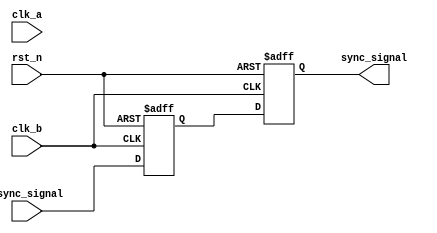
module signal_level_crossing_synchronizer (
    input  wire       clk_a,       // Clock for Domain A
    input  wire       clk_b,       // Clock for Domain B
    input  wire       rst_n,       // Active-low reset
    input  wire       async_signal, // Input signal from Domain A
    output reg        sync_signal    // Synchronized signal in Domain B
);

// Intermediate signal to hold the output of the first flip-flop
reg async_signal_ff1;

// Synchronous reset and flip-flops to sample the async signal
always @(posedge clk_b or negedge rst_n) begin
    if (!rst_n) begin
        async_signal_ff1 <= 1'b0; // Reset the first flip-flop
        sync_signal <= 1'b0;      // Reset the output signal
    end else begin
        async_signal_ff1 <= async_signal; // Sample input signal in the first flip-flop
        sync_signal <= async_signal_ff1;   // Sample output of the first flip-flop in the second flip-flop
    end
end

endmodule